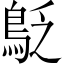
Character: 𪀐